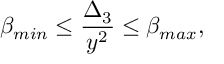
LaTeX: \beta _ { m i n } \leq { \frac { \Delta _ { 3 } } { y ^ { 2 } } } \leq \beta _ { m a x } ,